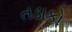
તડાકો